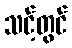
သင့်တွင်